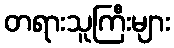
တရားသူကြီးများ